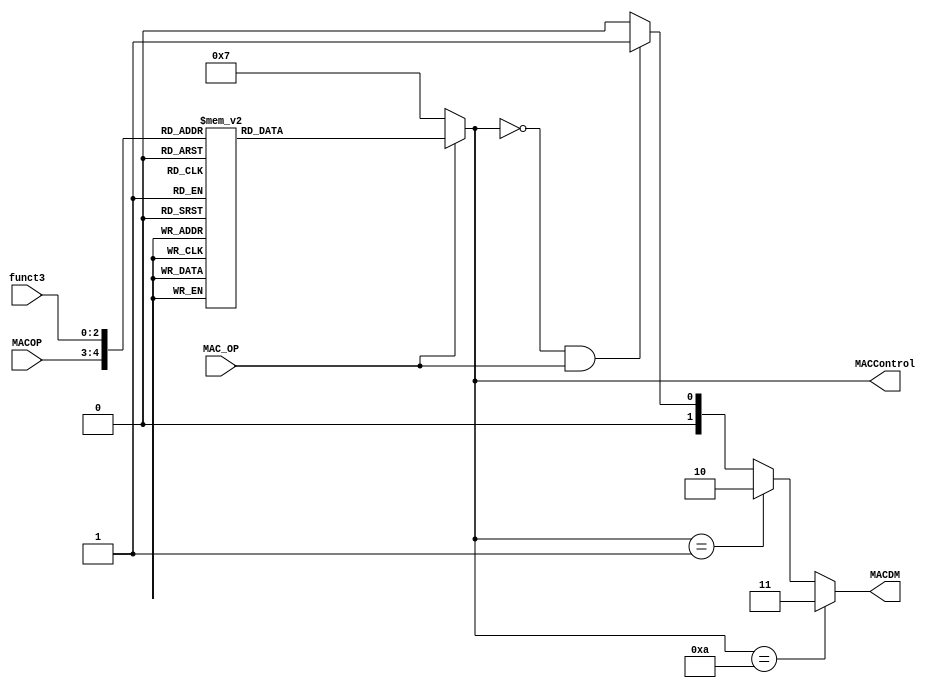
`timescale 1ns / 1ps
//////////////////////////////////////////////////////////////////////////////////
// Company: 
// Engineer: 
// 
// Design Name: 
// Module Name: MAC_Decoder
// Project Name: 
// Target Devices: 
// Tool Versions: 
// Description: 
// 
// Dependencies: 
// 
// Revision:
// Revision 0.01 - File Created
// Additional Comments:
// 
//////////////////////////////////////////////////////////////////////////////////


module MAC_Decoder(
//    input [6:0]OP,
    input [2:0]funct3,
    input MAC_OP,       //different than MAC_OP, MAC_OP is a signal which only tells if its a matrix instruction or not
    input [1:0] MACOP,  //whereas MACOP tells which type of matrix instruction it is: load, clear, operation or store
           
    output reg [3:0] MACControl,
    output [1:0] MACDM
    );
    
    
    always @(*) 
    begin
        if (MAC_OP == 1'b1) begin
            case ({MACOP, funct3})
                5'b00_000: MACControl = 4'b0000; // LOAD MAC A
                5'b00_001: MACControl = 4'b0001; // LOAD MAC B
                5'b01_000: MACControl = 4'b0010; // CLEAR A
                5'b01_001: MACControl = 4'b0011; // CLEAR B
                5'b01_010: MACControl = 4'b0100; // CLEAR R
                5'b01_011: MACControl = 4'b0101; // CLEAR ALL
                5'b10_000: MACControl = 4'b0110; // MAC MULTIPLY
                5'b10_001: MACControl = 4'b0111; // MAC ADD
                5'b10_010: MACControl = 4'b1000; // MAC SUB
                5'b10_011: MACControl = 4'b1001; // SUB MAC
                5'b11_000: MACControl = 4'b1010; // STORE RESULTANT
                default: MACControl = 4'b0111;    // DEFAULT ADD
            endcase
        end
        else begin
            MACControl = 4'b0111; // Set MACControl to zero if MAC_op is not equal to 1'b1
        end
    end

    
//    assign MACControl = ( (MACOP == 2'b00) & (funct3 == 3'b000) ) ? 4'b0000 : //LOAD MAC A
//                        ( (MACOP == 2'b00) & (funct3 == 3'b001) ) ? 4'b0001 : //LOAD MAC B
//                        ( (MACOP == 2'b01) & (funct3 == 3'b000) ) ? 4'b0010 : //CLEAR A
//                        ( (MACOP == 2'b01) & (funct3 == 3'b001) ) ? 4'b0011 : //CLEAR B
//                        ( (MACOP == 2'b01) & (funct3 == 3'b010) ) ? 4'b0100 : //CLEAR R
//                        ( (MACOP == 2'b01) & (funct3 == 3'b011) ) ? 4'b0101 : //CLEAR ALL
//                        ( (MACOP == 2'b10) & (funct3 == 3'b000) ) ? 4'b0110 : //MAC MULTIPLY
//                        ( (MACOP == 2'b10) & (funct3 == 3'b001) ) ? 4'b0111 : //MAC ADD
//                        ( (MACOP == 2'b10) & (funct3 == 3'b010) ) ? 4'b1000 : //MAC SUB
//                        ( (MACOP == 2'b10) & (funct3 == 3'b011) ) ? 4'b1001 : //SUB MAC
//                        ( (MACOP == 2'b11) & (funct3 == 3'b000) ) ? 4'b1010 : //STORE RESULTANT
//                                                                    4'b0111 ; //DEFAULT ADD
     //2'b11 = write to mem 
     //2'b10 = read from mem for matB
     //2'b01 = read from mem for matA
    assign MACDM =  MACControl == 4'b1010  ? 2'b11 : 
                    MACControl == 4'b0001 ? 2'b10 : 
                    (MACControl == 4'b0000 && MAC_OP == 1'b1 )? 2'b01 : 2'b00;
endmodule